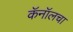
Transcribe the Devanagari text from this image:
कॅनॉलचा